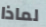
لماذا